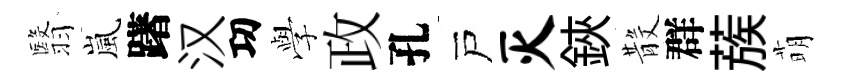
翳嵐躇汉㓛𫝯政孔戸灭鋏𣪚群蔟萌